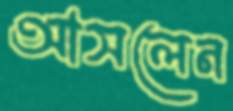
আসলেন